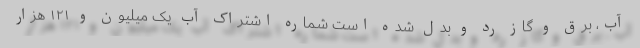
آب، برق و گاز رد و بدل شده است شماره اشتراک آب یک میلیون و ۱۲۱ هزار